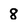
Character: 8